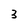
Character: 3